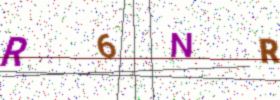
Text: R6NR